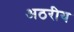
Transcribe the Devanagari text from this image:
अठरीय